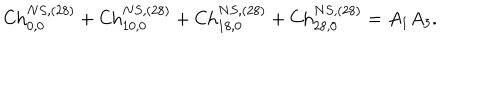
\mathrm { C h } _ { 0 , 0 } ^ { N S , ( 2 8 ) } + \mathrm { C h } _ { 1 0 , 0 } ^ { N S , ( 2 8 ) } + \mathrm { C h } _ { 1 8 , 0 } ^ { N S , ( 2 8 ) } + \mathrm { C h } _ { 2 8 , 0 } ^ { N S , ( 2 8 ) } = A _ { 1 } A _ { 3 } .